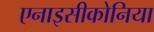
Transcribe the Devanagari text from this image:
एनाइसीकोनिया